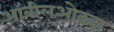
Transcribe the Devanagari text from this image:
आंबीलओढ्या